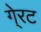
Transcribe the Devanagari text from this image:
गे्रट